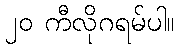
၂၀ ကီလိုဂရမ်ပါ။